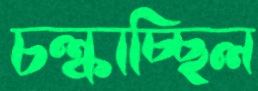
চল্‌কাচ্ছিল